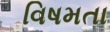
વિષમતા